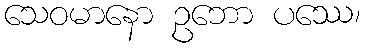
သေဝမာနော ဥဘော ပဿေ၊